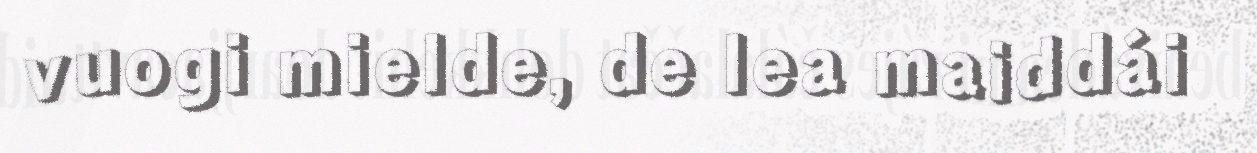
vuogi mielde, de lea maiddái